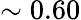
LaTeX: \sim 0.60